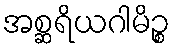
အစ္ဆရိယဂါမိဉ္စ